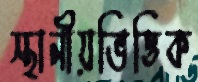
স্থানীয়ভিত্তিক